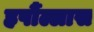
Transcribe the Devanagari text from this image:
हर्षौल्लास